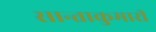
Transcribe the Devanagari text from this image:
सान्ताकुमारी